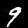
Label: 9